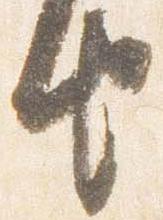
由